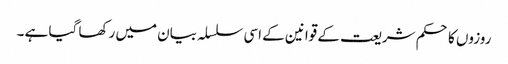
روزوں کا حکم شریعت کے قوانین کے اسی سلسلہ بیان میں رکھا گیا ہے ۔